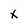
Character: x